Punjab Mental Hospital Lahore 1932-46 - 1932-1946
Year: 1932
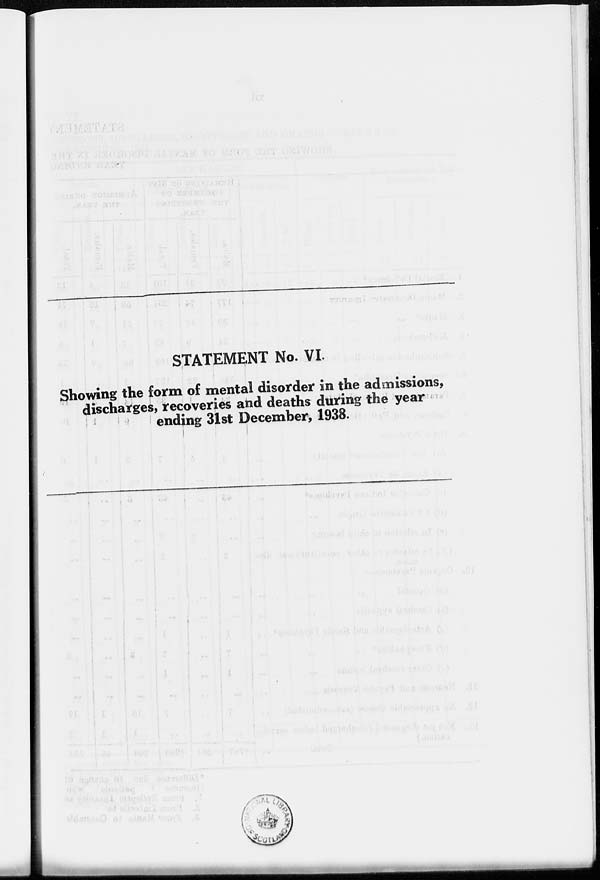
STATEMENT No. VI.
Showing the form of mental disorder in the admissions,
discharges, recoveries and deaths during the year
ending 31st December, 1938.